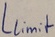
Text: Llimit